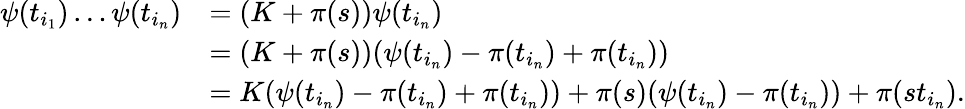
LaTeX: \begin{array}{rl}{\psi(t_{i_{1}})\ldots\psi(t_{i_{n}})}&{=(K+\pi(s))\psi(t_{i_{n}})}\\ &{=(K+\pi(s))(\psi(t_{i_{n}})-\pi(t_{i_{n}})+\pi(t_{i_{n}}))}\\ &{=K(\psi(t_{i_{n}})-\pi(t_{i_{n}})+\pi(t_{i_{n}}))+\pi(s)(\psi(t_{i_{n}})-\pi(t_{i_{n}}))+\pi(st_{i_{n}}).}\end{array}